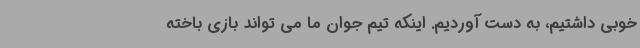
خوبی داشتیم، به دست آوردیم. اینکه تیم جوان ما می تواند بازی باخته